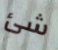
شئ